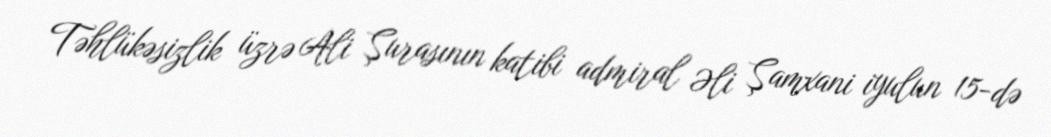
Təhlükəsizlik üzrə Ali Şurasının katibi admiral Əli Şamxani iyulun 15-də